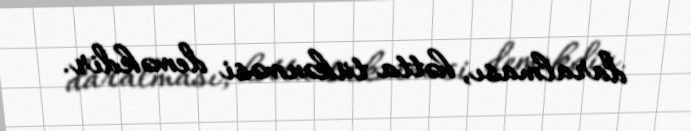
daralması, hətta tükənməsi deməkdir.